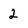
Character: 2